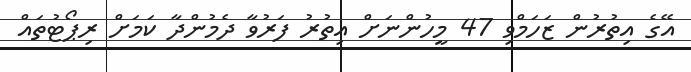
އޭގެ އިތުރުން ޒަހަމްވި 47 މީހުންނަށް އިތުރު ފަރުވާ ދެމުންދާ ކަމަށް ރިޕޯޓުތައް